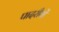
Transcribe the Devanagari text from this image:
पादरीयों